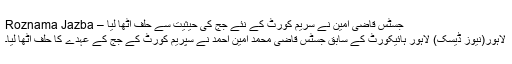
جسٹس قاضی امین نے سریم کورٹ کے نئے جج کی حیثیت سے حلف اٹھا لیا – Roznama Jazba
لاہور(نیوز ڈیسک) لاہور ہائیکورٹ کے سابق جسٹس قاضی محمد امین احمد نے سپریم کورٹ کے جج کے عہدے کا حلف اٹھا لیا۔